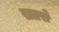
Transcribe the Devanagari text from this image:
खतरो